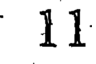
11